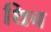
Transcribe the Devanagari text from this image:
थिच